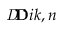
_ Ḋ \textit Ḋ \! \textbf Ḋ i k , n Ḍ Ḍ Ḍ